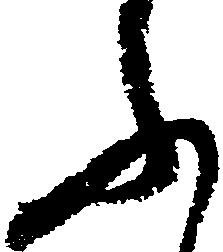
ふ